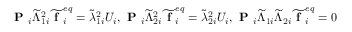
\textbf { P } _ { i } \widetilde { \Lambda } _ { 1 i } ^ { 2 } \widetilde { \textbf { f } } _ { i } ^ { e q } = \widetilde { \lambda } _ { 1 i } ^ { 2 } U _ { i } , \textbf { P } _ { i } \widetilde { \Lambda } _ { 2 i } ^ { 2 } \widetilde { \textbf { f } } _ { i } ^ { e q } = \widetilde { \lambda } _ { 2 i } ^ { 2 } U _ { i } , \textbf { P } _ { i } \widetilde { \Lambda } _ { 1 i } \widetilde { \Lambda } _ { 2 i } \widetilde { \textbf { f } } _ { i } ^ { e q } = 0